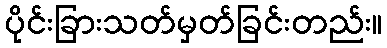
ပိုင်းခြားသတ်မှတ်ခြင်းတည်း။